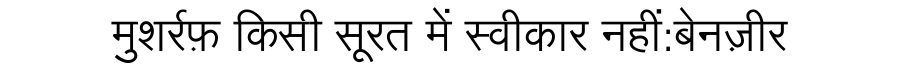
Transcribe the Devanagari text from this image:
मुशर्रफ़ किसी सूरत में स्वीकार नहीं:बेनज़ीर